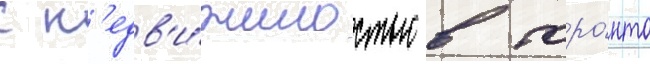
с н'едв'и́жимостью в торо́нто